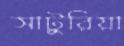
সাটুরিয়া